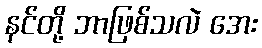
နင်တို့ ဘာဖြစ်သလဲ အေး